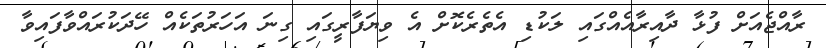
ރާއްޖެއަށް ފުޅާ ދާއިރާއެއްގައި ލަކުޑި އެތެރެކޮށް އެ ވިޔަފާރީގައި ގިނަ އަހަރުތަކެއް ހޭދަކުރައްވާފައިވާ